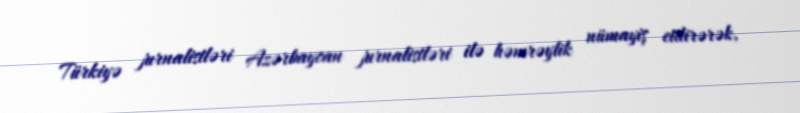
Türkiyə jurnalistləri Azərbaycan jurnalistləri ilə həmrəylik nümayiş etdirərək,